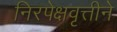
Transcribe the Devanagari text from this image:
निरपेक्षवृत्तीने